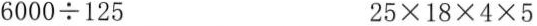
$$6 0 0 0 \div 1 2 5$$ $$2 5 \times1 8 \times 4 \times 5$$